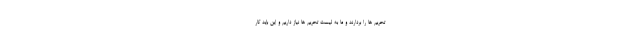
تحریم ها را بردارند و ما به لیست تحریم ها نیاز داریم و این باید کار